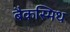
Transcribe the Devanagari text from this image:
बैकस्मिथ